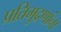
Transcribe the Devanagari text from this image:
प्रतिमुद्रणांना